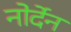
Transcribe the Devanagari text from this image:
नोर्देन